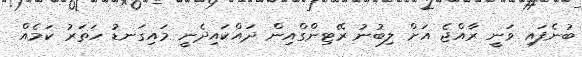
ބުނެފައި ވަނީ ރާއްޖެ އަށް ލިބުނު ރޭޓިންގްއިން ދައްކައިދެނީ މައިގަނޑު ހަތަރު ކަމެއް